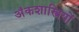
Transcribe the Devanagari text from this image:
अंकशास्त्रियों